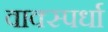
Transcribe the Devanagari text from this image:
वाक्स्पर्धा